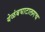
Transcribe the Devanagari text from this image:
येळंबघाटालगच